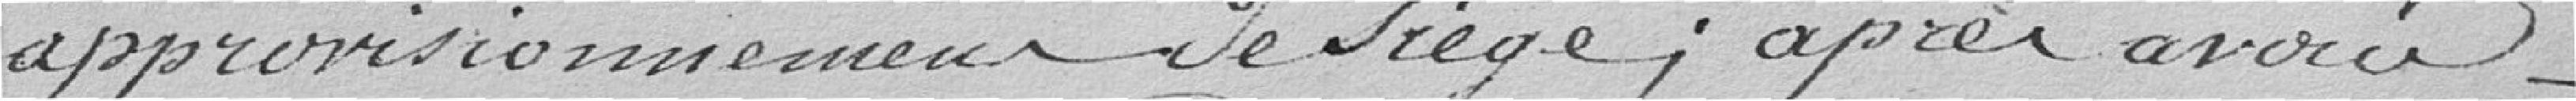
approvisionnement de siège ; après avoir